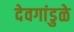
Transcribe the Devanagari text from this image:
देवगांडुळे